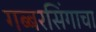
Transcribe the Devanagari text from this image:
गब्बरसिंगाचा